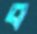
ব